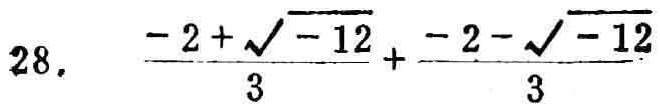
\(28.\ \frac{-2 + \sqrt{-12}}{3}+\frac{-2 - \sqrt{-12}}{3}\)